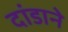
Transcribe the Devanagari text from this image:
दांडाने